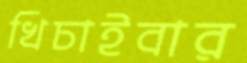
খিচাইবার